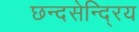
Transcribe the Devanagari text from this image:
छन्दसेन्दि्रय